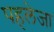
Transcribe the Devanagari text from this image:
पहलेजा